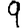
Digit: 9